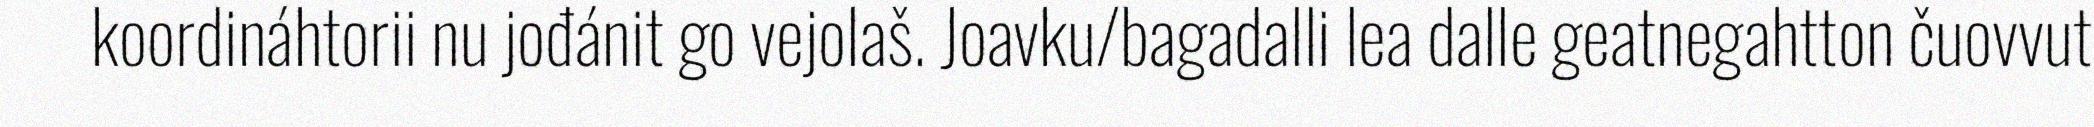
koordináhtorii nu jođánit go vejolaš. Joavku/bagadalli lea dalle geatnegahtton čuovvut